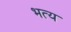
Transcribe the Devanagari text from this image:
भत्य